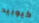
كيوبيد